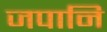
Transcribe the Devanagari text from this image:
जपानि